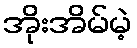
အိုးအိမ်မဲ့